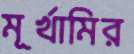
মূর্খামির